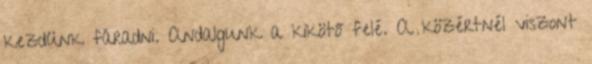
kezdünk fáradni. Andalgunk a kikötő felé. A közértnél viszont